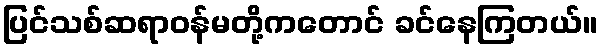
ပြင်သစ်ဆရာဝန်မတို့ကတောင် ခင်နေကြတယ်။